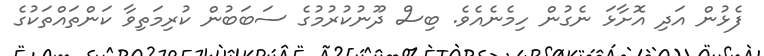
ފެޅުން އަދި އޮށާޅަ ނެގުން ހިމެނެއެވެ. ބިސް ދޫނުކުރުމުގެ ސަބަބުން ކުރިމަތިވާ ކަންތައްތަކުގެ